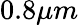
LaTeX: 0.8\mu m